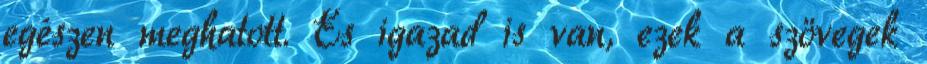
egészen meghatott. És igazad is van, ezek a szövegek